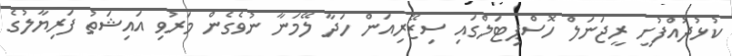
ކުޅުދުއްފުށީ ރީޖަނަލް ހޮސްޕިޓަލްގައި ސިޒޭރިއަން ހަދާ ލޭމަނާ ނުވެގެން މަރުވި އައިޝަތު ފަރިޔާލުގެ